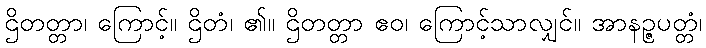
ဌိတတ္တာ၊ ကြောင့်။ ဌိတံ၊ ၏။ ဌိတတ္တာ ဧဝ၊ ကြောင့်သာလျှင်။ အာနဉ္ဇပတ္တံ၊